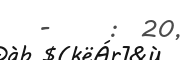
-     :  20